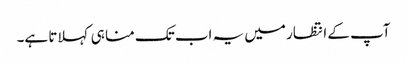
آپ کے انتظار میں یہ اب تک منا ہی کہلاتا ہے۔